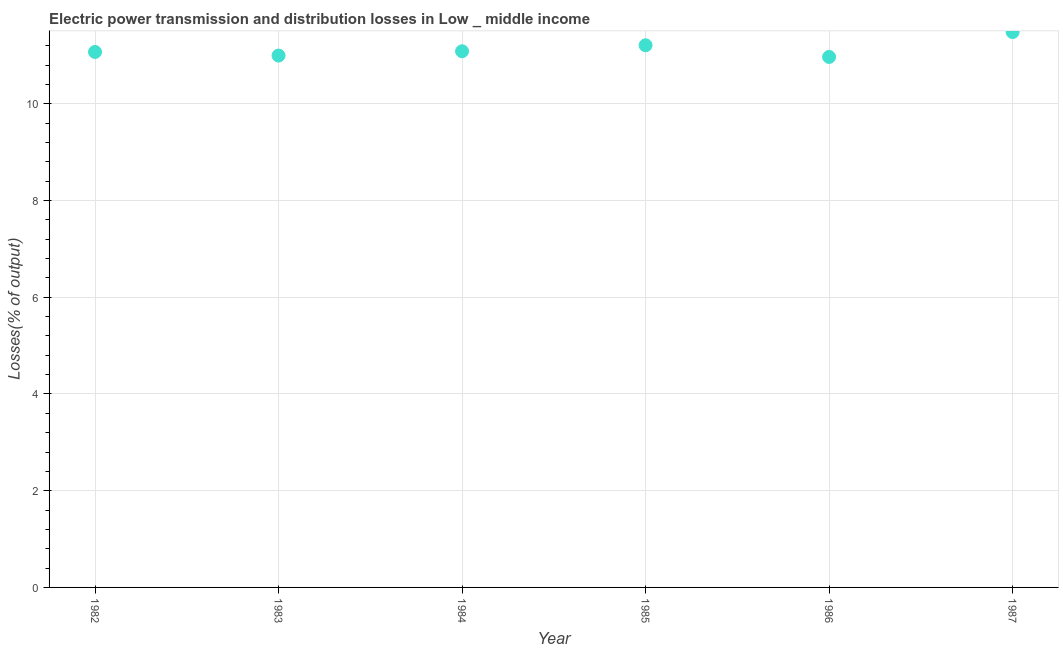
| Year | Electric power transmission and distribution losses |
 | --- | --- |
 | 1982 | 11.1 |
 | 1983 | 11 |
 | 1984 | 11.1 |
 | 1985 | 11.2 |
 | 1986 | 11 |
 | 1987 | 11.5 |